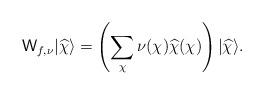
LaTeX: \begin{align*}\mathsf W_{f, \nu} | \widehat \chi \rangle = \left( \sum_{\chi} \nu(\chi) \widehat \chi (\chi) \right) | \widehat \chi \rangle.\end{align*}